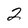
Character: 2